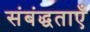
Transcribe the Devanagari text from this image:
संबंद्धताएँ